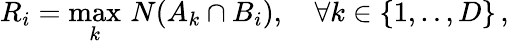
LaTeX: R_{i}=\operatorname*{max}_{k}\, N(A_{k}\cap B_{i}),\quad\forall k\in\{ 1,..,D\} \, ,